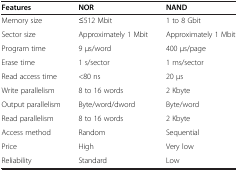
<table><thead><tr><td><b>Features</b></td><td><b>NOR</b></td><td><b>NAND</b></td></tr></thead><tbody><tr><td>Memory size</td><td>≤512 Mbit</td><td>1 to 8 Gbit</td></tr><tr><td>Sector size</td><td>Approximately 1 Mbit</td><td>Approximately 1 Mbit</td></tr><tr><td>Program time</td><td>9 μs/word</td><td>400 μs/page</td></tr><tr><td>Erase time</td><td>1 s/sector</td><td>1 ms/sector</td></tr><tr><td>Read access time</td><td>&lt;80 ns</td><td>20 μs</td></tr><tr><td>Write parallelism</td><td>8 to 16 words</td><td>2 Kbyte</td></tr><tr><td>Output parallelism</td><td>Byte/word/dword</td><td>Byte/word</td></tr><tr><td>Read parallelism</td><td>8 to 16 words</td><td>2 Kbyte</td></tr><tr><td>Access method</td><td>Random</td><td>Sequential</td></tr><tr><td>Price</td><td>High</td><td>Very low</td></tr><tr><td>Reliability</td><td>Standard</td><td>Low</td></tr></tbody></table>